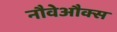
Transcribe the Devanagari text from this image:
नौवेऔक्स